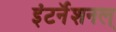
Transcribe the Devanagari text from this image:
इंटर्नॅशनल्